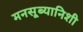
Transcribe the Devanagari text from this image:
मनसूब्यानिशी